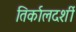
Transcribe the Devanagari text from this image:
तिर्कालदर्शी